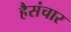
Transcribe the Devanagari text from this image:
हैसंचार